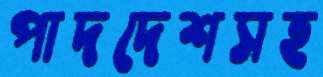
পাদদেশসহ